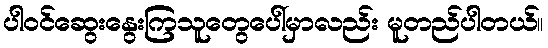
ပါဝင်ဆွေးနွေးကြသူတွေပေါ်မှာလည်း မူတည်ပါတယ်။